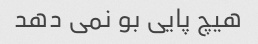
هیچ پایی بو نمی دهد